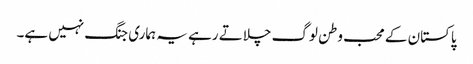
پاکستان کے محب وطن لوگ چلاتے رہے یہ ہماری جنگ نہیں ہے۔